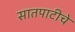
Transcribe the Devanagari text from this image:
सातपाटीचे